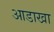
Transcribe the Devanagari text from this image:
आडाखा